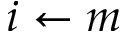
i \leftarrow m